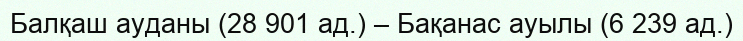
Балқаш ауданы (28 901 ад.) – Бақанас ауылы (6 239 ад.)